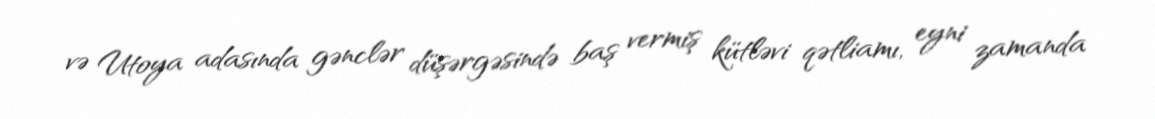
və Utoya adasında gənclər düşərgəsində baş vermiş kütləvi qətliamı, eyni zamanda